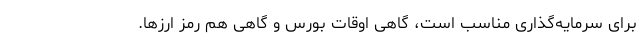
برای سرمایه‌گذاری مناسب است، گاهی اوقات بورس و گاهی هم رمز ارزها.